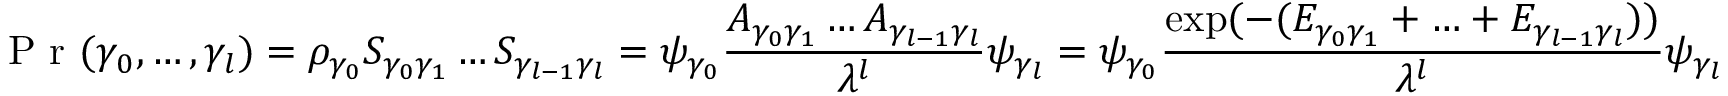
{ \textrm { P r } } ( \gamma _ { 0 } , \ldots , \gamma _ { l } ) = \rho _ { \gamma _ { 0 } } S _ { \gamma _ { 0 } \gamma _ { 1 } } \ldots S _ { \gamma _ { l - 1 } \gamma _ { l } } = \psi _ { \gamma _ { 0 } } { \frac { A _ { \gamma _ { 0 } \gamma _ { 1 } } \ldots A _ { \gamma _ { l - 1 } \gamma _ { l } } } { \lambda ^ { l } } } \psi _ { \gamma _ { l } } = \psi _ { \gamma _ { 0 } } { \frac { \exp ( - ( E _ { \gamma _ { 0 } \gamma _ { 1 } } + \ldots + E _ { \gamma _ { l - 1 } \gamma _ { l } } ) ) } { \lambda ^ { l } } } \psi _ { \gamma _ { l } }